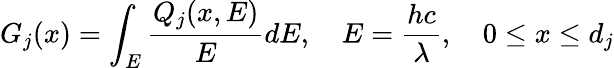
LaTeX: G_{j}(x)=\int_{E}\frac{Q_{j}(x,E)}{E}dE,\quad E=\frac{hc}{\lambda},\quad 0\leq x\leq d_{j}